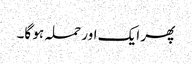
پھر ایک اور حملہ ہو گا۔